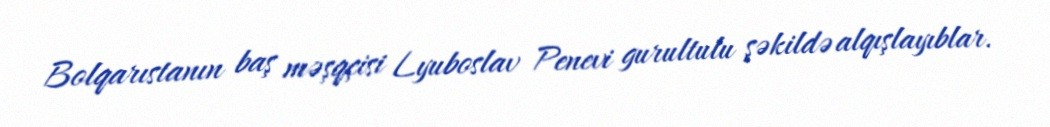
Bolqarıstanın baş məşqçisi Lyuboslav Penevi gurultulu şəkildə alqışlayıblar.